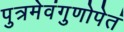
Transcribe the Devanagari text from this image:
पुत्रमेवंगुणोपेतं